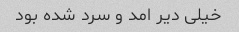
خیلی دیر امد و سرد شده بود